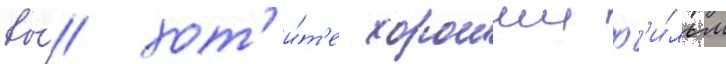
вы́ хот'и́т'е хорошии ф'и́льм